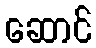
ဆောင်